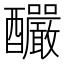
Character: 釅